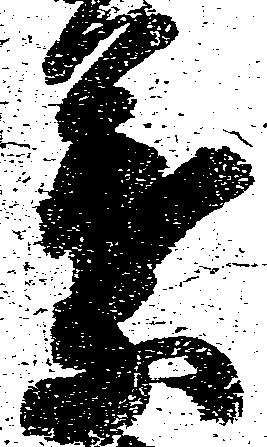
葉